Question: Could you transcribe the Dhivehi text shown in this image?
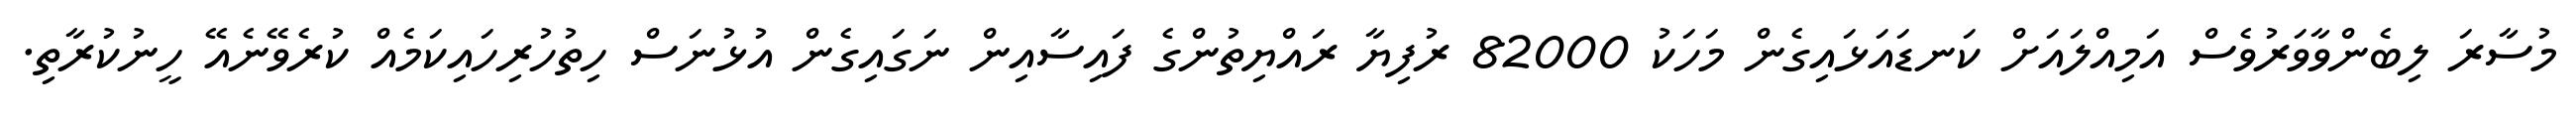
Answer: މުސާރަ ލިބެންވާވަރުވެސް އަމިއްލައަށް ކަނޑައަޅައިގެން މަހަކު 82000 ރުފިޔާ ރައްޔިތުންގެ ފައިސާއިން ނަގައިގެން އުޅުނަސް ހިތުހުރިހައިކަމެއް ކުރެވޭނެއޭ ހީނުކުރާތި.